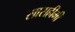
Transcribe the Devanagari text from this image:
सासहीमी